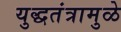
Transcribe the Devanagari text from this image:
युद्धतंत्रामुळे